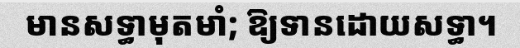
មានសទ្ធាមុតមាំ; ឱ្យទានដោយសទ្ធា។